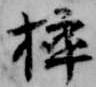
挿